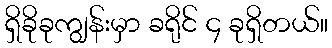
ရှိခိုခုကျွန်းမှာ ခရိုင် ၄ ခုရှိတယ်။